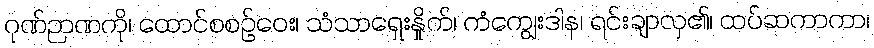
ဂုဏ်ဉာဏကို၊ ထောင်စစဉ်ဝေး၊ သံသာရှေးနှိုက်၊ ကံကျွေးဒါန၊ ရင်းချာလှ၏၊ ထပ်ဆကာကာ၊